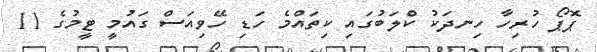
ޕޮޕޯ ހުރިހާ ހިނދަކު ކްލަބުގައި ކިތައްމެ ހަޑި ހޭވިއަސް ގައުމީ ޓީމުގެ 11